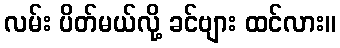
လမ်း ပိတ်မယ်လို့ ခင်ဗျား ထင်လား။